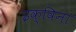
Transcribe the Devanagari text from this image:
इक्विना